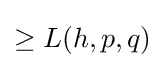
\geq L(h,p,q)